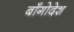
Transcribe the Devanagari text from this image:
बाँगोदेश